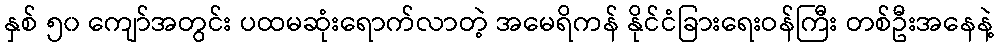
နှစ် ၅၀ ကျော်အတွင်း ပထမဆုံးရောက်လာတဲ့ အမေရိကန် နိုင်ငံခြားရေးဝန်ကြီး တစ်ဦးအနေနဲ့